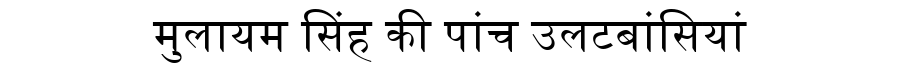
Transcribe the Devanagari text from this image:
मुलायम सिंह की पांच उलटबांसियां